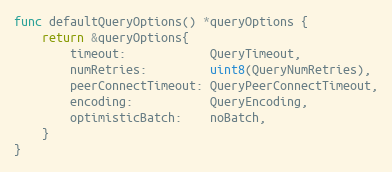
Language: Go
func defaultQueryOptions() *queryOptions {
	return &queryOptions{
		timeout:            QueryTimeout,
		numRetries:         uint8(QueryNumRetries),
		peerConnectTimeout: QueryPeerConnectTimeout,
		encoding:           QueryEncoding,
		optimisticBatch:    noBatch,
	}
}